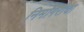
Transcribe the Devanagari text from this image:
निमगिरीचा